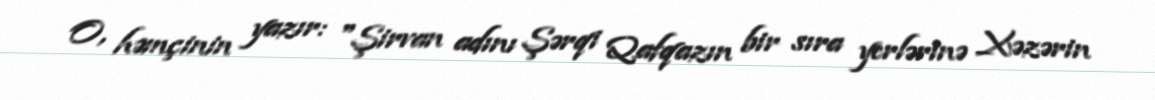
O, həmçinin yazır: "Şirvan adını Şərqi Qafqazın bir sıra yerlərinə Xəzərin